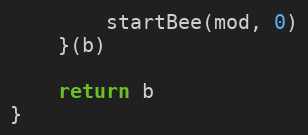
Language: Go
		startBee(mod, 0)
	}(b)

	return b
}